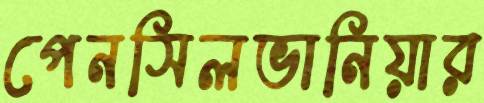
পেনসিলভানিয়ার